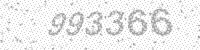
Solution: 993366